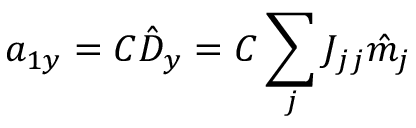
a _ { 1 y } = C \hat { D } _ { y } = C \sum _ { j } J _ { j j } \hat { m } _ { j }